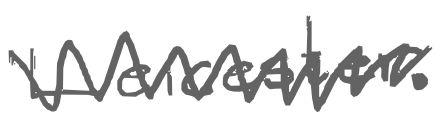
Text: Leicester.
Cross-out: zig-zag
Writing tool: digital_gray